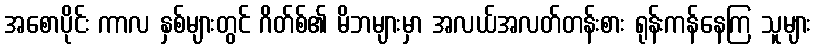
အစောပိုင်း ကာလ နှစ်များတွင် ဂိတ်စ်၏ မိဘများမှာ အလယ်အလတ်တန်းစား ရုန်းကန်နေကြ သူများ